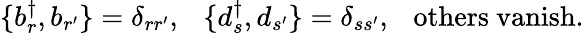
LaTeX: \{ b_{r}^{\dagger},b_{r^{\prime}}\} =\delta_{rr^{\prime}},~~~\{ d_{s}^{\dagger},d_{s^{\prime}}\} =\delta_{ss^{\prime}},~~~\mathrm{others~vanish}.